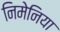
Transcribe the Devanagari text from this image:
निमेनिया